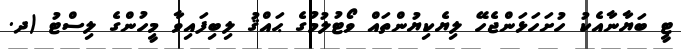
ޓީ ބަޔާނާއެކު ހުށަހަޅަންޖެހޭ ލިޔެކިޔުންތައް ވޯޓުލުމުގެ ޙައްޤު ލިބިފައިވާ މީހުންގެ ލިސްޓު (ދ.